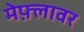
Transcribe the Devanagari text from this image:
मेफ़्लावर